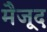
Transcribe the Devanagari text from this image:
मैजूद